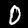
Label: 0